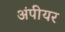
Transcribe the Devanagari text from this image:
अंपीयर